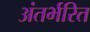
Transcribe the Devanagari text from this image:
अंतर्भरित